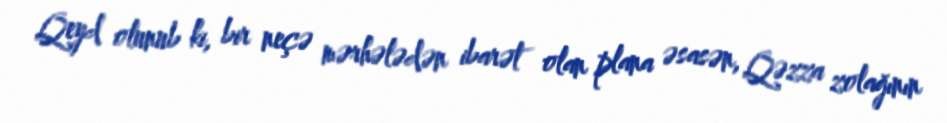
Qeyd olunub ki, bir neçə mərhələdən ibarət olan plana əsasən, Qəzza zolağının